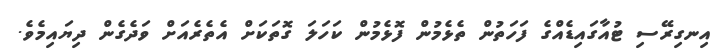
އިނގިރޭސި ޓުއާގައިޑެއްގެ ފަހަތުން ތެޅެމުން ފޮޅެމުން ކަހަލަ ގޮތަކަށް އެތެރެއަށް ވަދެގެން ދިޔައިމެވެ.